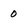
Character: 0